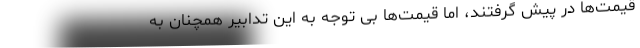
قیمت‌ها در پیش گرفتند، اما قیمت‌ها بی توجه به این تدابیر همچنان به